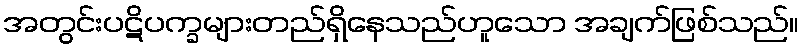
အတွင်းပဋိပက္ခများတည်ရှိနေသည်ဟူသော အချက်ဖြစ်သည်။